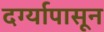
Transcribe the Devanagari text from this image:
दर्ग्यापासून